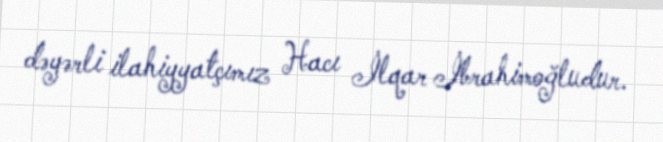
dəyərli ilahiyyatçımız Hacı İlqar İbrahimoğludur.